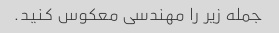
جمله زیر را مهندسی معکوس کنید.